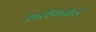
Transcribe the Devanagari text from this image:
शरीफकडे